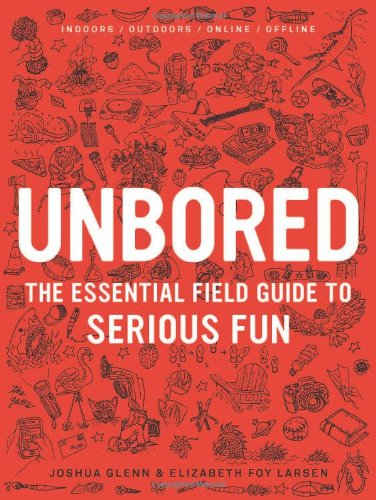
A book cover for Unbored: The Essential Field Guide to Serious Fun; Elizabeth Foy Larsen; Parenting & Relationships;